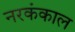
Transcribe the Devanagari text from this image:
नरकंकाल